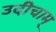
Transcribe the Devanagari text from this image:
उदीचाम्